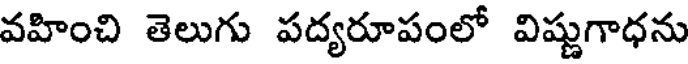
వహించి తెలుగు పద్యరూపంలో విష్ణుగాధను